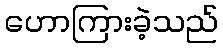
ဟောကြားခဲ့သည်